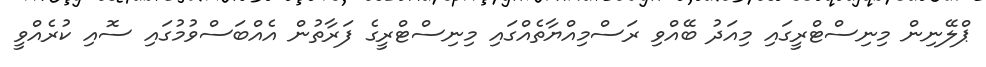
ޕްލޭނިން މިނިސްޓްރީގައި މިއަދު ބޭއްވި ރަސްމިއްޔާތެއްގައި މިނިސްޓްރީގެ ފަރާތުން އެއްބަސްވުމުގައި ސޮއި ކުރެއްވީ